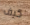
كيف